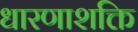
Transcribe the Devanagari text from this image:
धारणाशक्ति